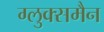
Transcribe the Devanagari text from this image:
ग्लुक्समैन